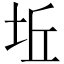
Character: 坵